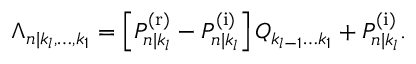
\begin{array} { r } { \Lambda _ { n | k _ { l } , \ldots , k _ { 1 } } = \left[ P _ { n | k _ { l } } ^ { \mathrm { ( r ) } } - P _ { n | k _ { l } } ^ { \mathrm { ( i ) } } \right] Q _ { k _ { l - 1 } \ldots k _ { 1 } } + P _ { n | k _ { l } } ^ { \mathrm { ( i ) } } . } \end{array}